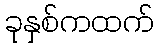
ခုနှစ်ကထက်